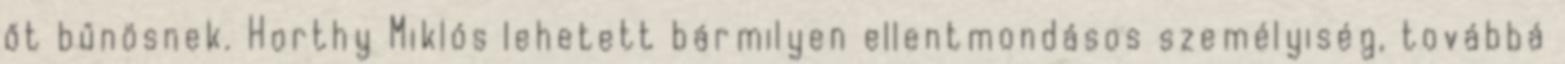
őt bűnösnek. Horthy Miklós lehetett bármilyen ellentmondásos személyiség, továbbá